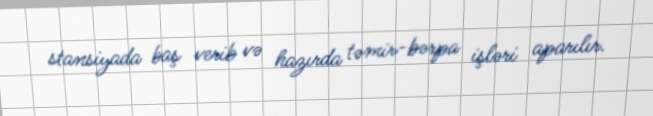
stansiyada baş verib və hazırda təmir-bərpa işləri aparılır.